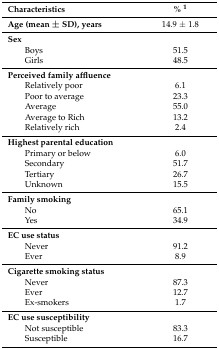
<table><thead><tr><td><b>Characteristics</b></td><td><b>% <sup>1</sup></b></td></tr></thead><tbody><tr><td><b>Age (mean ± SD), years</b></td><td>14.9 ± 1.8</td></tr><tr><td><b>Sex</b></td><td></td></tr><tr><td>Boys</td><td>51.5</td></tr><tr><td>Girls</td><td>48.5</td></tr><tr><td><b>Perceived family affluence</b></td><td></td></tr><tr><td>Relatively poor</td><td>6.1</td></tr><tr><td>Poor to average</td><td>23.3</td></tr><tr><td>Average</td><td>55.0</td></tr><tr><td>Average to Rich</td><td>13.2</td></tr><tr><td>Relatively rich</td><td>2.4</td></tr><tr><td><b>Highest parental education</b></td><td></td></tr><tr><td>Primary or below</td><td>6.0</td></tr><tr><td>Secondary</td><td>51.7</td></tr><tr><td>Tertiary</td><td>26.7</td></tr><tr><td>Unknown</td><td>15.5</td></tr><tr><td><b>Family smoking</b></td><td></td></tr><tr><td>No</td><td>65.1</td></tr><tr><td>Yes</td><td>34.9</td></tr><tr><td><b>EC use status</b></td><td></td></tr><tr><td>Never</td><td>91.2</td></tr><tr><td>Ever</td><td>8.9</td></tr><tr><td><b>Cigarette smoking status</b></td><td></td></tr><tr><td>Never</td><td>87.3</td></tr><tr><td>Ever</td><td>12.7</td></tr><tr><td>Ex-smokers</td><td>1.7</td></tr><tr><td><b>EC use susceptibility</b></td><td></td></tr><tr><td>Not susceptible</td><td>83.3</td></tr><tr><td>Susceptible</td><td>16.7</td></tr></tbody></table>